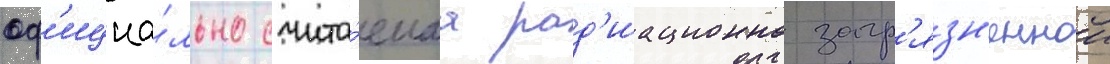
оф'ициа́льно счита́емаа рад'иационно загр'язн'еннои